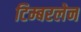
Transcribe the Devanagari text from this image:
टिम्बरलेन